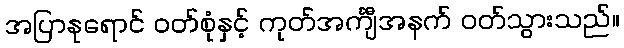
အပြာနုရောင် ဝတ်စုံနှင့် ကုတ်အင်္ကျီအနက် ဝတ်သွားသည်။